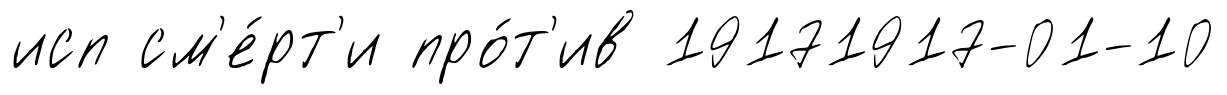
исп см'е́рт'и про́т'ив 19171917-01-10